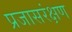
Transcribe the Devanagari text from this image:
प्रजासरंक्षण